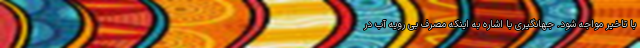
با تاخیر مواجه شود. جهانگیری با اشاره به اینکه مصرف بی رویه آب در